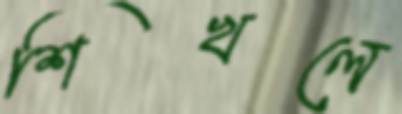
শিখলে